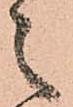
之